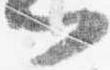
門